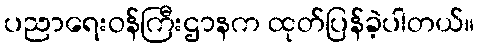
ပညာရေးဝန်ကြီးဌာနက ထုတ်ပြန်ခဲ့ပါတယ်။